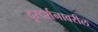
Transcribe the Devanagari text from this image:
दूरदर्शनावरील